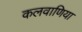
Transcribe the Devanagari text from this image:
कलवाणिया